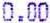
0.00